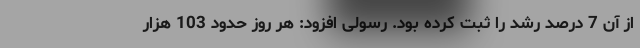
از آن 7 درصد رشد را ثبت کرده بود. رسولی افزود: هر روز حدود 103 هزار